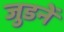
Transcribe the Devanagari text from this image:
जुडनें